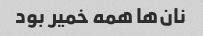
نان‌ها همه خمیر بود